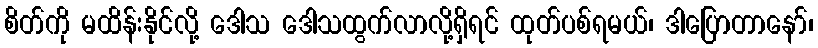
စိတ်ကို မထိန်းနိုင်လို့ ဒေါသ ဒေါသထွက်လာလို့ရှိရင် ထုတ်ပစ်ရမယ်၊ ဒါပြောတာနော်၊